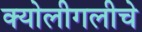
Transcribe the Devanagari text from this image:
क्योलीगलीचे